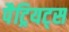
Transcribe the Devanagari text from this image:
पैट्रियट्स